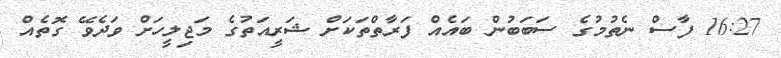
16:27 ފާސް ނެތުމުގެ ސަބަބުން ބައެއް ފަރާތްތަކަށް ޝަރީއަތުގެ މަޖިލީހަށް ވަދެވޭ ގޮތެއް